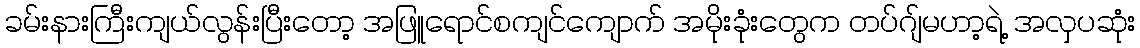
ခမ်းနားကြီးကျယ်လွန်းပြီးတော့ အဖြူရောင်စကျင်ကျောက် အမိုးခုံးတွေက တပ်ဂျ်မဟာ့ရဲ့ အလှပဆုံး